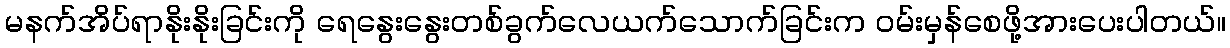
မနက်အိပ်ရာနိုးနိုးခြင်းကို ရေနွေးနွေးတစ်ခွက်လေယက်သောက်ခြင်းက ဝမ်းမှန်စေဖို့အားပေးပါတယ်။